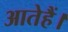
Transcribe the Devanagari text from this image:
आतेहैं।